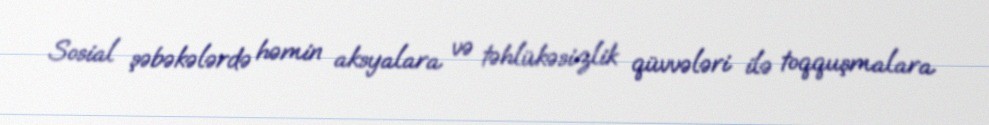
Sosial şəbəkələrdə həmin aksyalara və təhlükəsizlik qüvvələri ilə toqquşmalara